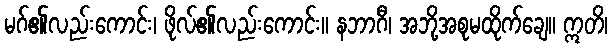
မဂ်၏လည်းကောင်း၊ ဖိုလ်၏လည်းကောင်း။ နဘာဂီ၊ အဘို့အစုမထိုက်ချေ။ ဣတိ၊